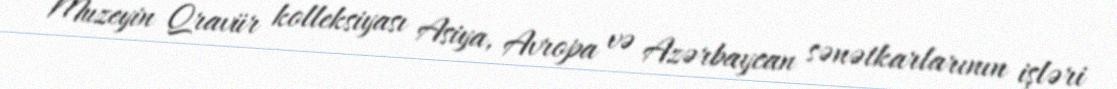
Muzeyin Qravür kolleksiyası Asiya, Avropa və Azərbaycan sənətkarlarının işləri